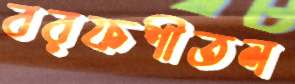
বরফশীতল